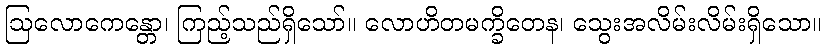
ဩလောကေန္တော၊ ကြည့်သည်ရှိသော်။ လောဟိတမက္ခိတေန၊ သွေးအလိမ်းလိမ်းရှိသော။